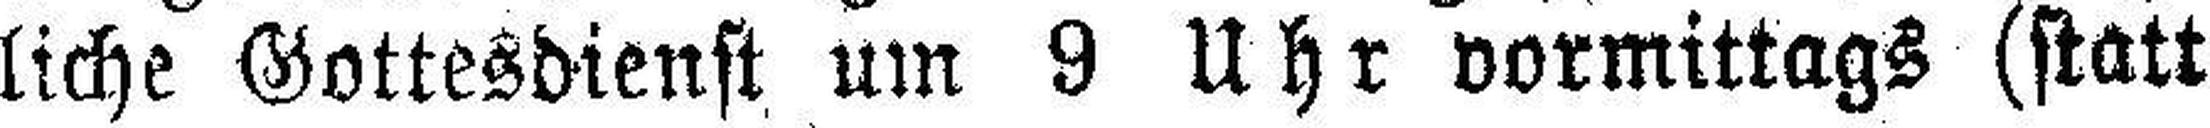
liche Gottesdienst um 9 Uhr vormittags (statt